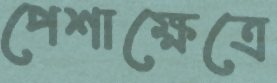
পেশাক্ষেত্রে